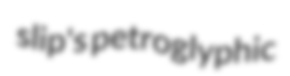
slip's petroglyphic